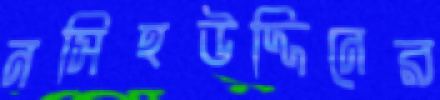
নসিহউদ্দিনের